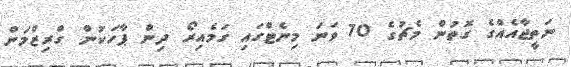
ނަތީޖާއެއްގެ ގޮތުން މެޗުގެ 70 ވަނަ މިނެޓްގައި ގަމެއިރޯ ދިން ޕާހަކުން ގްރިޒްމަން